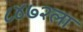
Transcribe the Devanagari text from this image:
८४७२ला